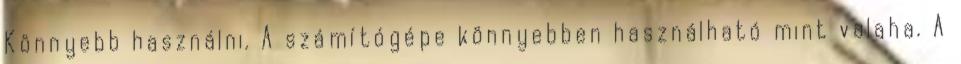
Könnyebb használni. A számítógépe könnyebben használható mint valaha. A